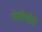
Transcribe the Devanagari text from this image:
लेसोथोचे